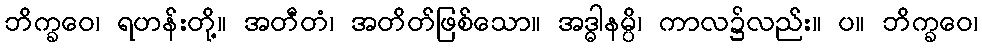
ဘိက္ခဝေ၊ ရဟန်းတို့။ အတီတံ၊ အတိတ်ဖြစ်သော။ အဒ္ဓါနမ္ပိ၊ ကာလ၌လည်း။ ပ။ ဘိက္ခဝေ၊